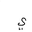
Letter: _ya